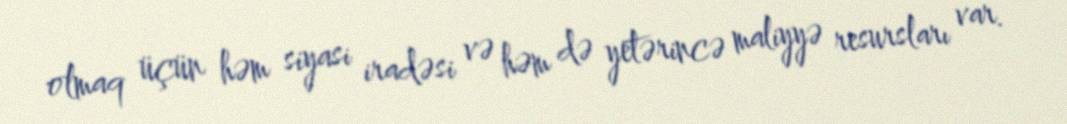
olmaq üçün həm siyasi iradəsi və həm də yetərincə maliyyə resursları var.